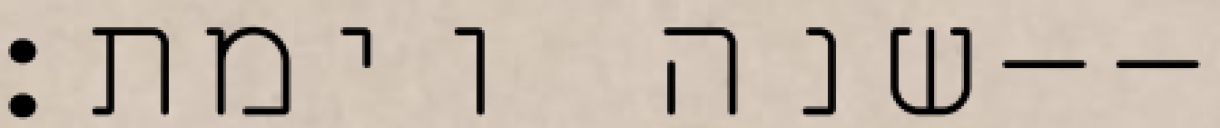
שנה וימת׃--